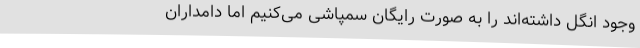
وجود انگل داشته‌اند را به صورت رایگان سمپاشی می‌کنیم اما دامداران